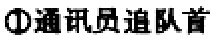
\textcircled{1}通讯员追队首